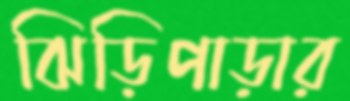
ঝিড়িপাড়ার